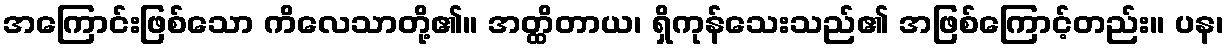
အကြောင်းဖြစ်သော ကိလေသာတို့၏။ အတ္ထိတာယ၊ ရှိကုန်သေးသည်၏ အဖြစ်ကြောင့်တည်း။ ပန၊